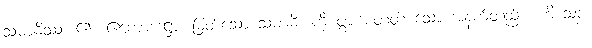
သမာဓိဿ၊ ၏။ ဧကောဒဋ္ဌော၊ မြတ်သော သမာဓိ၊ ကို ပွားစေတတ် သော အနက်တည်း။ ဟိ သစ္စံ၊